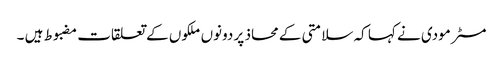
مسٹر مودی نے کہا کہ سلامتی کے محاذ پر دونوں ملکوں کے تعلقات مضبوط ہیں ۔